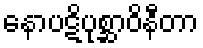
နောပဋိပုစ္ဆာဝိနီတာ